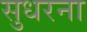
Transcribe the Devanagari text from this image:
सुधरना